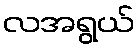
လအရွယ်